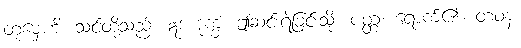
တုမှေဟိ၊ သင်တို့သည်။ ဣဒံ ဒုက္ခံ၊ ဤဆင်းရဲခြင်းသို့။ ပတ္တံ၊ ရောက်၏။ တံဝနံ၊